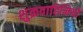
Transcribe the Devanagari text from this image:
शुक्रवाहिनियों